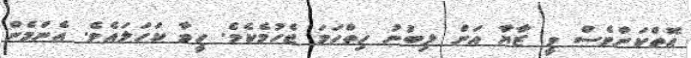
އޮތްކަންވެސް ވީ ޒާޔާ އަށް ލިބުނު ހިތްހަމަ ޖެހުމެކެވެ. ހީވާ ކަހަލައެވެ. އެންމެން